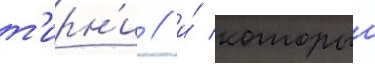
т'ирн'и / и́ которыи